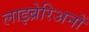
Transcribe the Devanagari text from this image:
लाइब्रेरिअनों